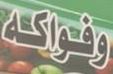
وفواكه